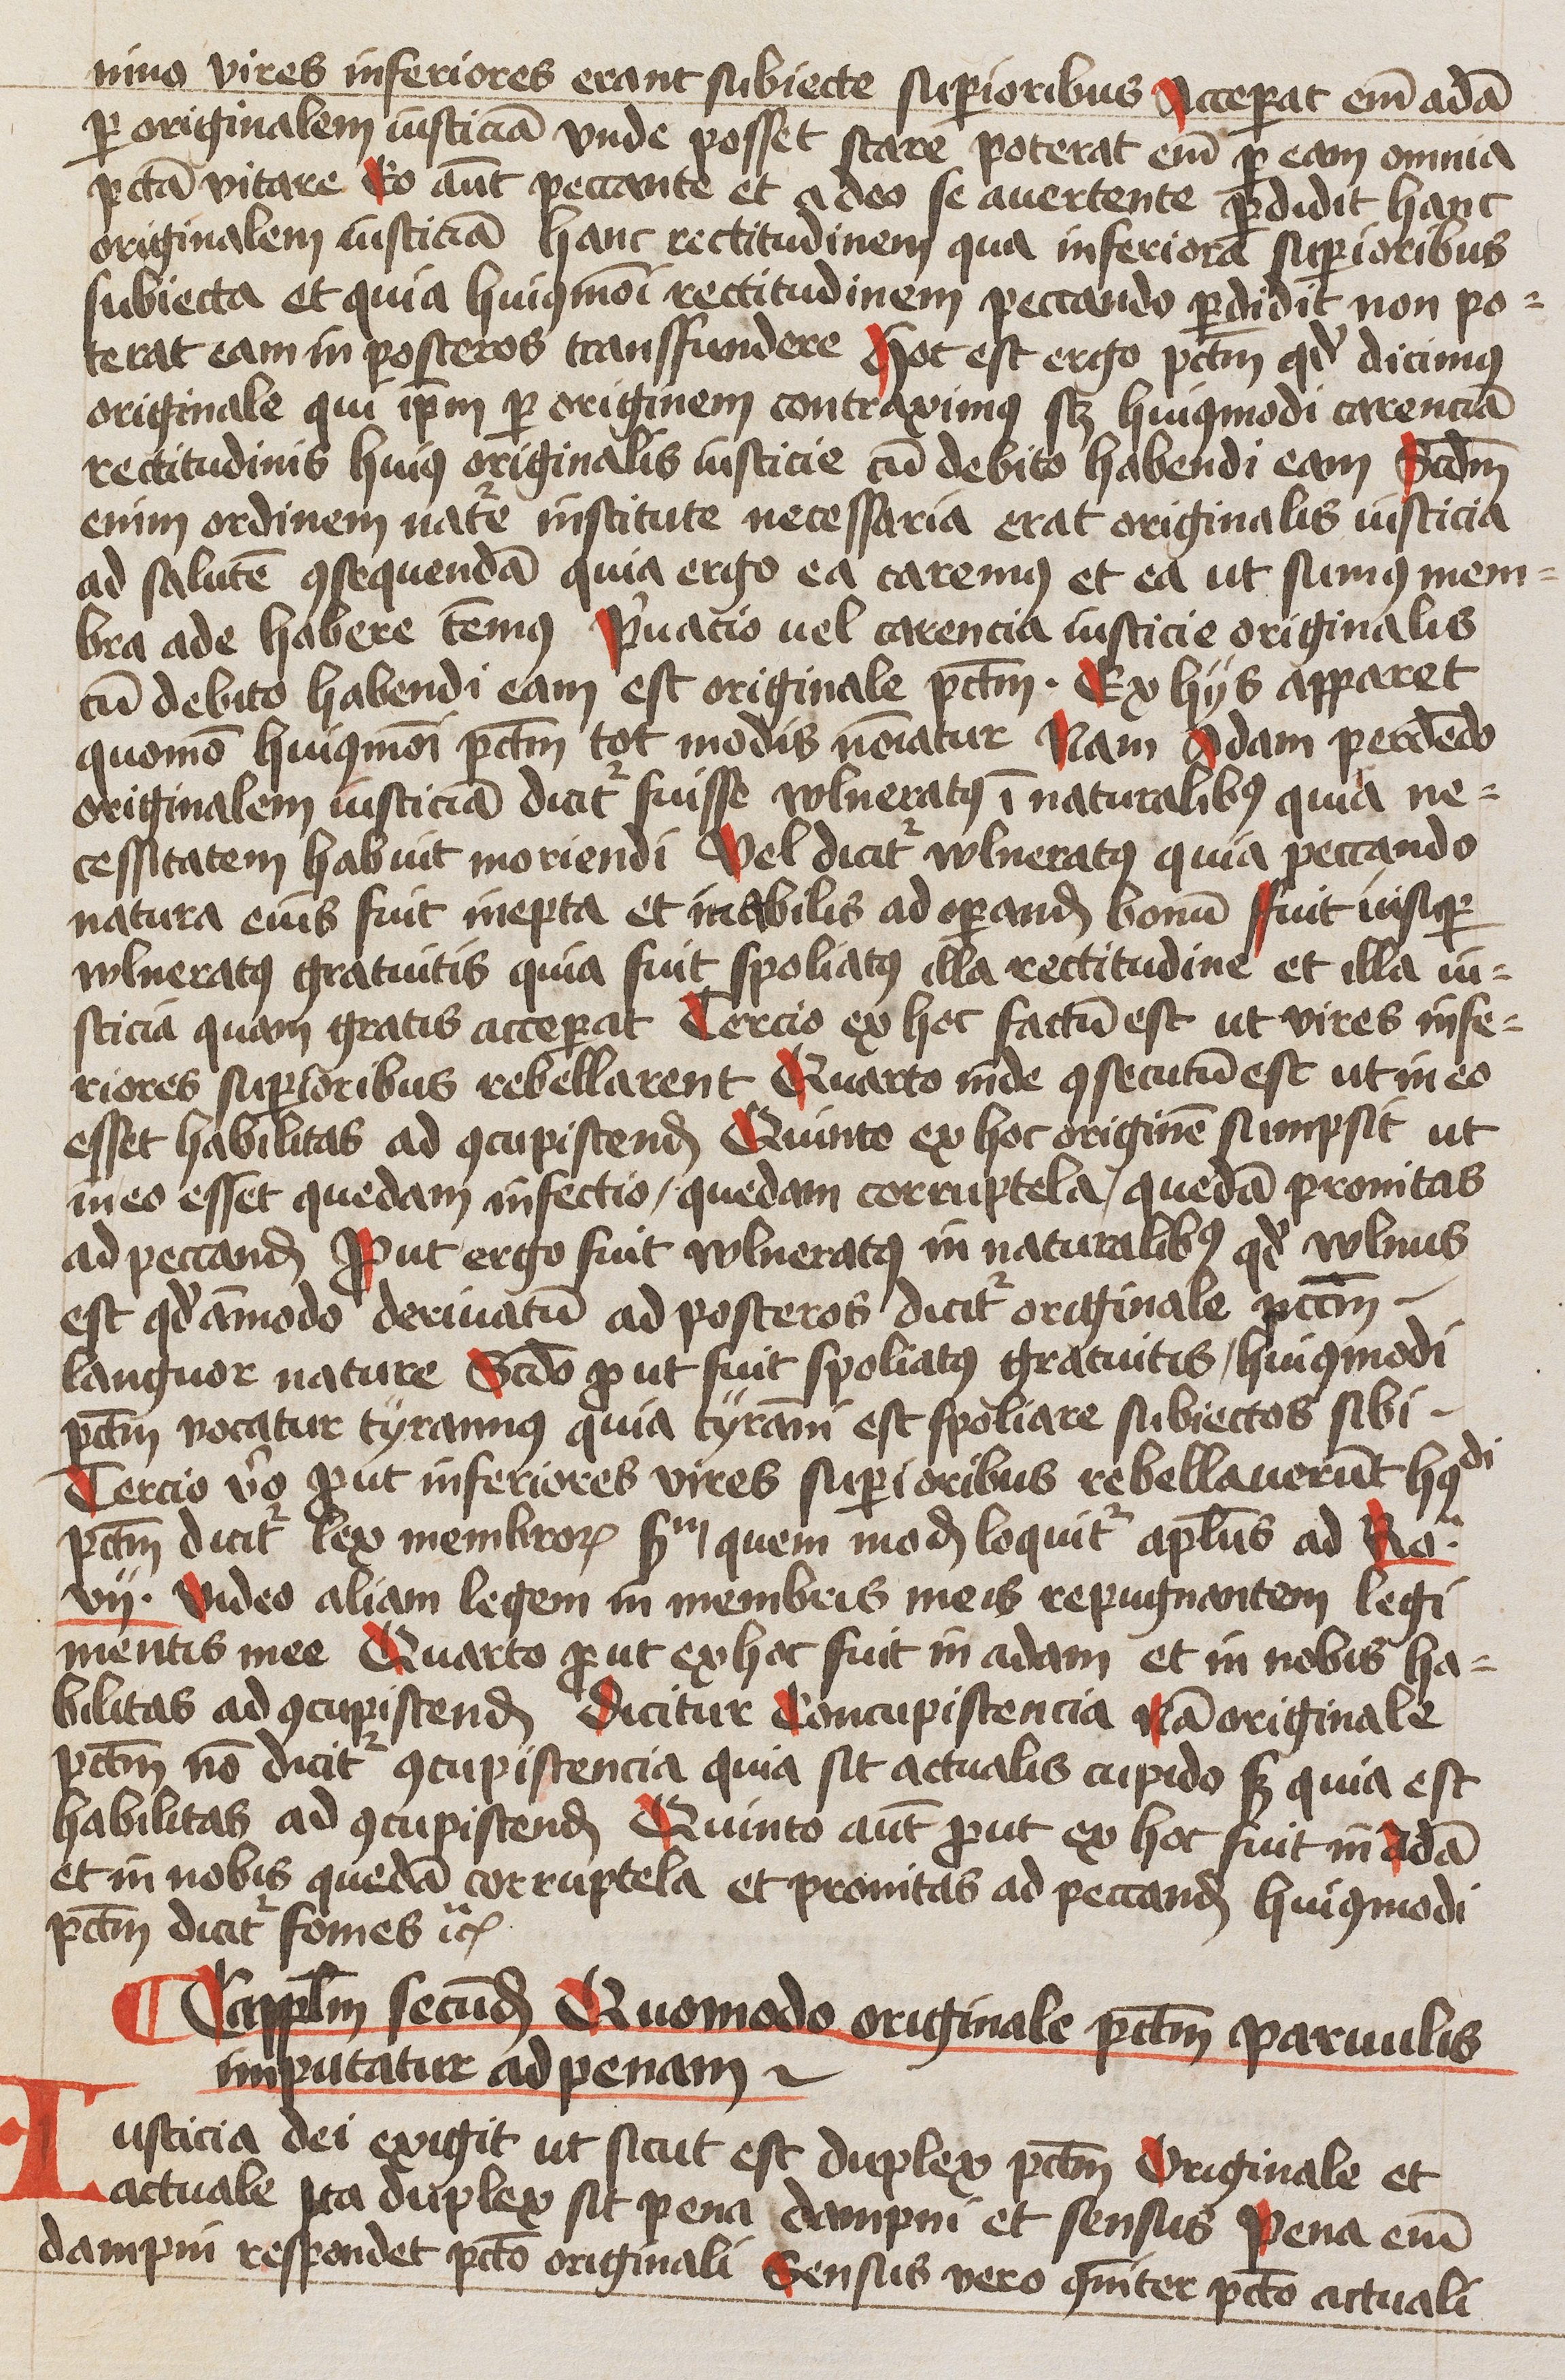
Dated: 1445–1445